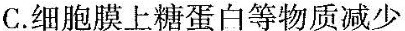
C.细胞膜上糖蛋白等物质减少